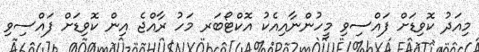
މިއަދު ކޮވިޑަށް ފައްސިވި މީހުންނާއިއެކު އޮކްޓޯބަރ މަހު ރާއްޖެ އިން ކޮވިޑަށް ފައްސިވި